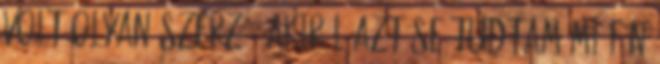
volt olyan szerző, akiről azt se tudtam mi fán